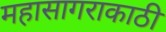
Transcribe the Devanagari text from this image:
महासागराकाठी